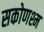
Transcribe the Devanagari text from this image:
सकोणश्म